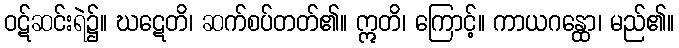
ဝဋ်ဆင်းရဲ၌။ ဃဋေတိ၊ ဆက်စပ်တတ်၏။ ဣတိ၊ ကြောင့်။ ကာယဂန္ထော၊ မည်၏။